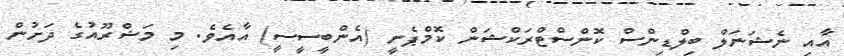
އާއި ނެޝަނަލް ބިލްޑިންސް ކޮންސްޓްރަކްޝަން ކޮމްޕެނީ (އެންބީސީސީ) އާއެވެ. މި މަޝްރޫއުގެ ދަށުން